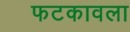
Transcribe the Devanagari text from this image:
फटकावला